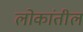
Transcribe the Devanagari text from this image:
लोकांतील